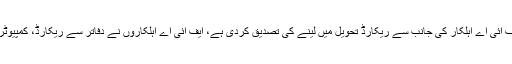
جہانگیر ترین نے بھی ایف آئی اے اہلکار کی جانب سے ریکارڈ تحویل میں لینے کی تصدیق کردی ہے، ایف آئی اے اہلکاروں نے دفاتر سے ریکارڈ، کمپیوٹر بھی تحویل میں لے لیے۔